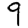
Digit: 9